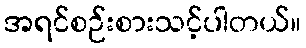
အရင်စဉ်းစားသင့်ပါတယ်။